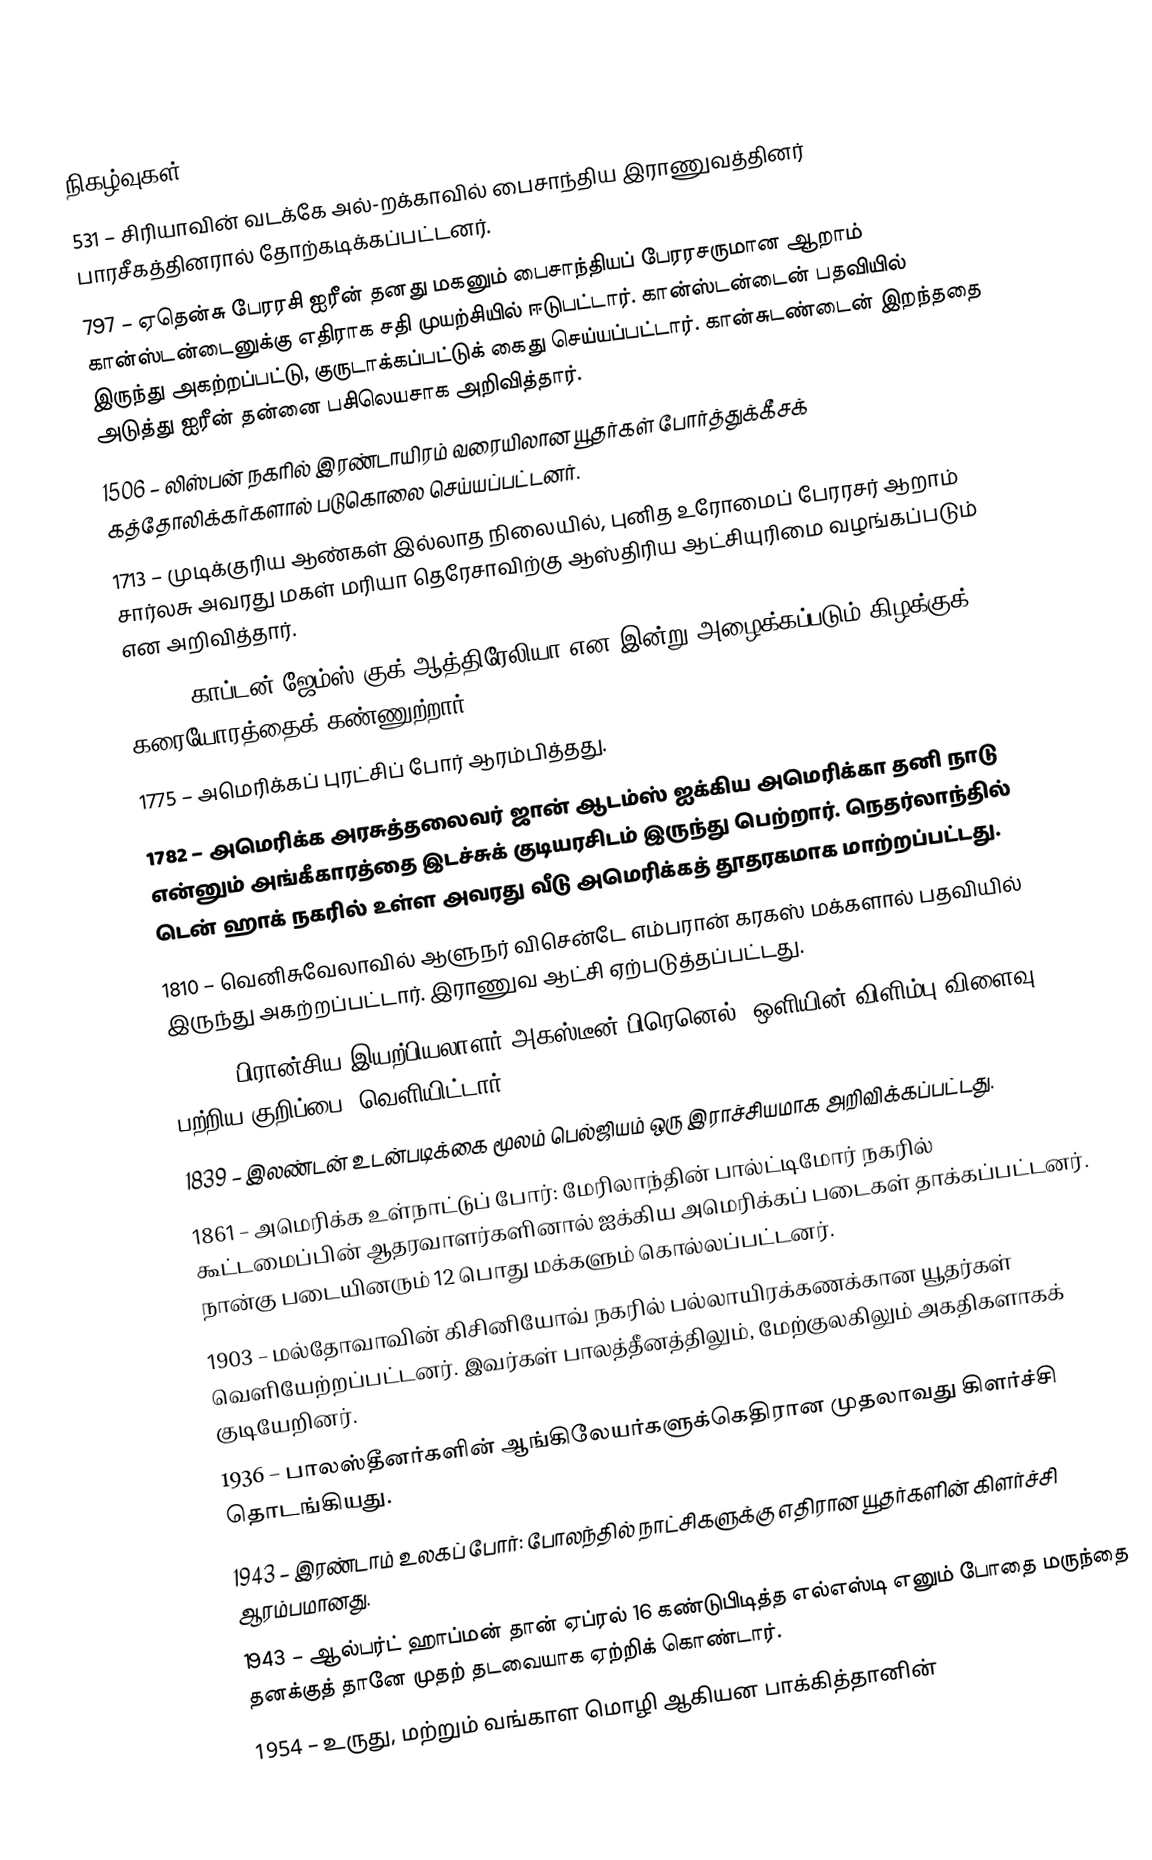

நிகழ்வுகள்
531 – சிரியாவின் வடக்கே அல்-றக்காவில் பைசாந்திய இராணுவத்தினர் பாரசீகத்தினரால் தோற்கடிக்கப்பட்டனர்.
797 – ஏதென்சு பேரரசி ஐரீன் தனது மகனும் பைசாந்தியப் பேரரசருமான ஆறாம் கான்ஸ்டன்டைனுக்கு எதிராக சதி முயற்சியில் ஈடுபட்டார். கான்ஸ்டன்டைன் பதவியில் இருந்து அகற்றப்பட்டு, குருடாக்கப்பட்டுக் கைது செய்யப்பட்டார். கான்சுடண்டைன் இறந்ததை அடுத்து ஐரீன் தன்னை பசிலெயசாக அறிவித்தார்.
1506 – லிஸ்பன் நகரில் இரண்டாயிரம் வரையிலான யூதர்கள் போர்த்துக்கீசக் கத்தோலிக்கர்களால் படுகொலை செய்யப்பட்டனர்.
1713 – முடிக்குரிய ஆண்கள் இல்லாத நிலையில், புனித உரோமைப் பேரரசர் ஆறாம் சார்லசு அவரது மகள் மரியா தெரேசாவிற்கு ஆஸ்திரிய ஆட்சியுரிமை வழங்கப்படும் என அறிவித்தார்.
1770 – காப்டன் ஜேம்ஸ் குக் ஆத்திரேலியா என இன்று அழைக்கப்படும் கிழக்குக் கரையோரத்தைக் கண்ணுற்றார்.
1775 – அமெரிக்கப் புரட்சிப் போர் ஆரம்பித்தது.
1782 – அமெரிக்க அரசுத்தலைவர் ஜான் ஆடம்ஸ் ஐக்கிய அமெரிக்கா தனி நாடு என்னும் அங்கீகாரத்தை இடச்சுக் குடியரசிடம் இருந்து பெற்றார். நெதர்லாந்தில் டென் ஹாக் நகரில் உள்ள அவரது வீடு அமெரிக்கத் தூதரகமாக மாற்றப்பட்டது.
1810 – வெனிசுவேலாவில் ஆளுநர் விசென்டே எம்பரான் கரகஸ் மக்களால் பதவியில் இருந்து அகற்றப்பட்டார். இராணுவ ஆட்சி ஏற்படுத்தப்பட்டது.
1818 – பிரான்சிய இயற்பியலாளர் அகஸ்டீன் பிரெனெல் "ஒளியின் விளிம்பு விளைவு பற்றிய குறிப்பை" வெளியிட்டார்.
1839 – இலண்டன் உடன்படிக்கை மூலம் பெல்ஜியம் ஒரு இராச்சியமாக அறிவிக்கப்பட்டது.
1861 – அமெரிக்க உள்நாட்டுப் போர்: மேரிலாந்தின் பால்ட்டிமோர் நகரில் கூட்டமைப்பின் ஆதரவாளர்களினால் ஐக்கிய அமெரிக்கப் படைகள் தாக்கப்பட்டனர். நான்கு படையினரும் 12 பொது மக்களும் கொல்லப்பட்டனர்.
1903 – மல்தோவாவின் கிசினியோவ் நகரில் பல்லாயிரக்கணக்கான யூதர்கள் வெளியேற்றப்பட்டனர். இவர்கள் பாலத்தீனத்திலும், மேற்குலகிலும் அகதிகளாகக் குடியேறினர்.
1936 – பாலஸ்தீனர்களின் ஆங்கிலேயர்களுக்கெதிரான முதலாவது கிளர்ச்சி தொடங்கியது.
1943 – இரண்டாம் உலகப் போர்: போலந்தில் நாட்சிகளுக்கு எதிரான யூதர்களின் கிளர்ச்சி ஆரம்பமானது.
1943 – ஆல்பர்ட் ஹாப்மன் தான் ஏப்ரல் 16 கண்டுபிடித்த எல்எஸ்டி எனும் போதை மருந்தை தனக்குத் தானே முதற் தடவையாக ஏற்றிக் கொண்டார்.
1954 – உருது, மற்றும் வங்காள மொழி ஆகியன பாக்கித்தானின்